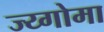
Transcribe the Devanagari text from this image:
ज्य्गोमा